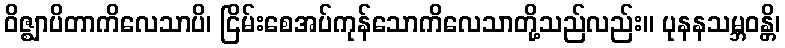
ဝိဇ္ဈာပိတာကိလေသာပိ၊ ငြိမ်းစေအပ်ကုန်သောကိလေသာတို့သည်လည်း။ ပုနနသမ္ဘဝန္တိ၊